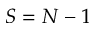
S = N - 1